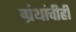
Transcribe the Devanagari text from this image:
ग्रंथांचीही